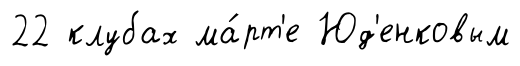
22 клубах ма́рт'е Юд'енковым